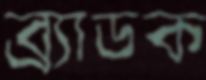
ব্র্যাডক